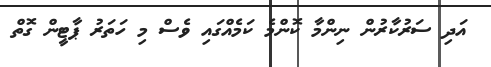
އަދި ސަރުކާރުން ނިންމާ ކޮންމެ ކަމެއްގައި ވެސް މި ހަތަރު ޕާޓީން ގޮތް